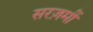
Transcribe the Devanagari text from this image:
सरज़मीं